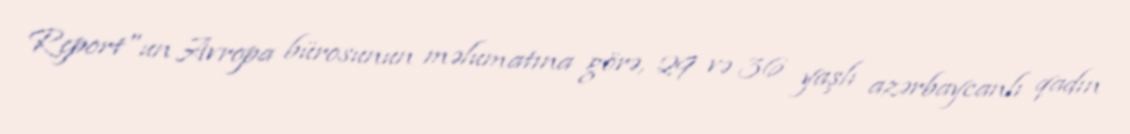
Report"un Avropa bürosunun məlumatına görə, 29 və 36 yaşlı azərbaycanlı qadın